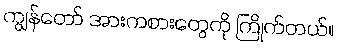
ကျွန်တော် အားကစားတွေကို ကြိုက်တယ်။